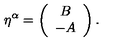
\eta ^ { \alpha } = \left( \begin{array} { c } { B } \\ { - A } \\ \end{array} \right) .